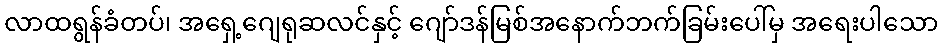
လာထရွန်ခံတပ်၊ အရှေ့ဂျေရုဆလင်နှင့် ဂျော်ဒန်မြစ်အနောက်ဘက်ခြမ်းပေါ်မှ အရေးပါသော